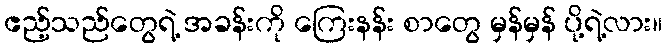
ဧည့်သည်တွေရဲ့ အခန်းကို ကြေးနန်း စာတွေ မှန်မှန် ပို့ရဲ့လား။